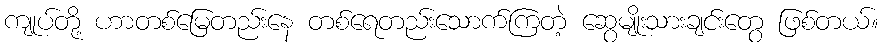
ကျုပ်တို့ ဟာတစ်မြေတည်းနေ တစ်ရေတည်းသောက်ကြတဲ့ ဆွေမျိုးသားချင်းတွေ ဖြစ်တယ်။